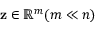
\mathbf { z } \in \mathbb { R } ^ { m } ( m \ll n )